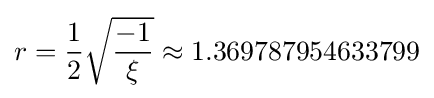
r={\frac {1}{2}}{\sqrt {\frac {-1}{\xi }}}\approx 1.369787954633799